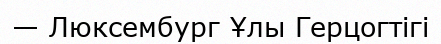
— Люксембург Ұлы Герцогтігі